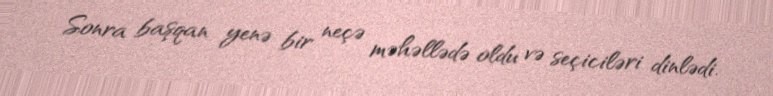
Sonra başqan yenə bir neçə məhəllədə oldu və seçiciləri dinlədi.